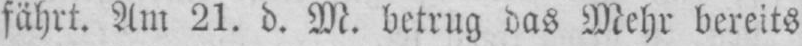
fährt. Am 21. d. M. betrug das Mehr bereits